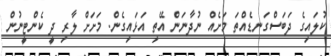
ކުލައިގެ ދަބަސްގަނޑެއްތަ މަށެއް ނުދާނަން އޭތި އަޅައިގެން. މަށަށް ލާރި ދީ ކެންޓީނުން